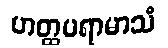
ဟတ္ထပရာမာသံ